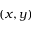
( x , y )